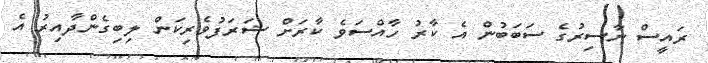
ރައީސް ނާސިރުގެ ސަބަބުން އެ ކާރު ހާއްސަވެ ކާރަށް ޝަރަފުވެރިކަން ލިބިގެންދާއިރު އެ